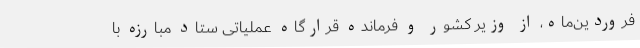
فروردین‌ماه، از وزیر کشور و فرمانده قرارگاه عملیاتی ستاد مبارزه با